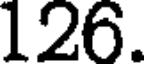
126.